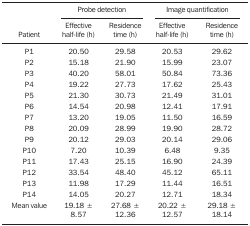
|  | <COLSPAN=2> Probe detection |  | <COLSPAN=2> Image quantification |
 |  | Effective | Residence |  | Effective | Residence |
 | Patient | half-life (h) | time (h) |  | half-life (h) | time (h) |
 | --- | --- | --- | --- | --- | --- |
 | P1 | 20.50 | 29.58 |  | 20.53 | 29.62 |
 | P2 | 15.18 | 21.90 |  | 15.99 | 23.07 |
 | P3 | 40.20 | 58.01 |  | 50.84 | 73.36 |
 | P4 | 19.22 | 27.73 |  | 17.62 | 25.43 |
 | P5 | 21.30 | 30.73 |  | 21.49 | 31.01 |
 | P6 | 14.54 | 20.98 |  | 12.41 | 17.91 |
 | P7 | 13.20 | 19.05 |  | 11.50 | 16.59 |
 | P8 | 20.09 | 28.99 |  | 19.90 | 28.72 |
 | P9 | 20.12 | 29.03 |  | 20.14 | 29.06 |
 | P10 | 7.20 | 10.39 |  | 6.48 | 9.35 |
 | P11 | 17.43 | 25.15 |  | 16.90 | 24.39 |
 | P12 | 33.54 | 48.40 |  | 45.12 | 65.11 |
 | P13 | 11.98 | 17.29 |  | 11.44 | 16.51 |
 | P14 | 14.05 | 20.27 |  | 12.71 | 18.34 |
 | Mean value | 19.18 ± | 27.68 ± |  | 20.22 ± | 29.18 ± |
 |  | 8.57 | 12.36 |  | 12.57 | 18.14 |